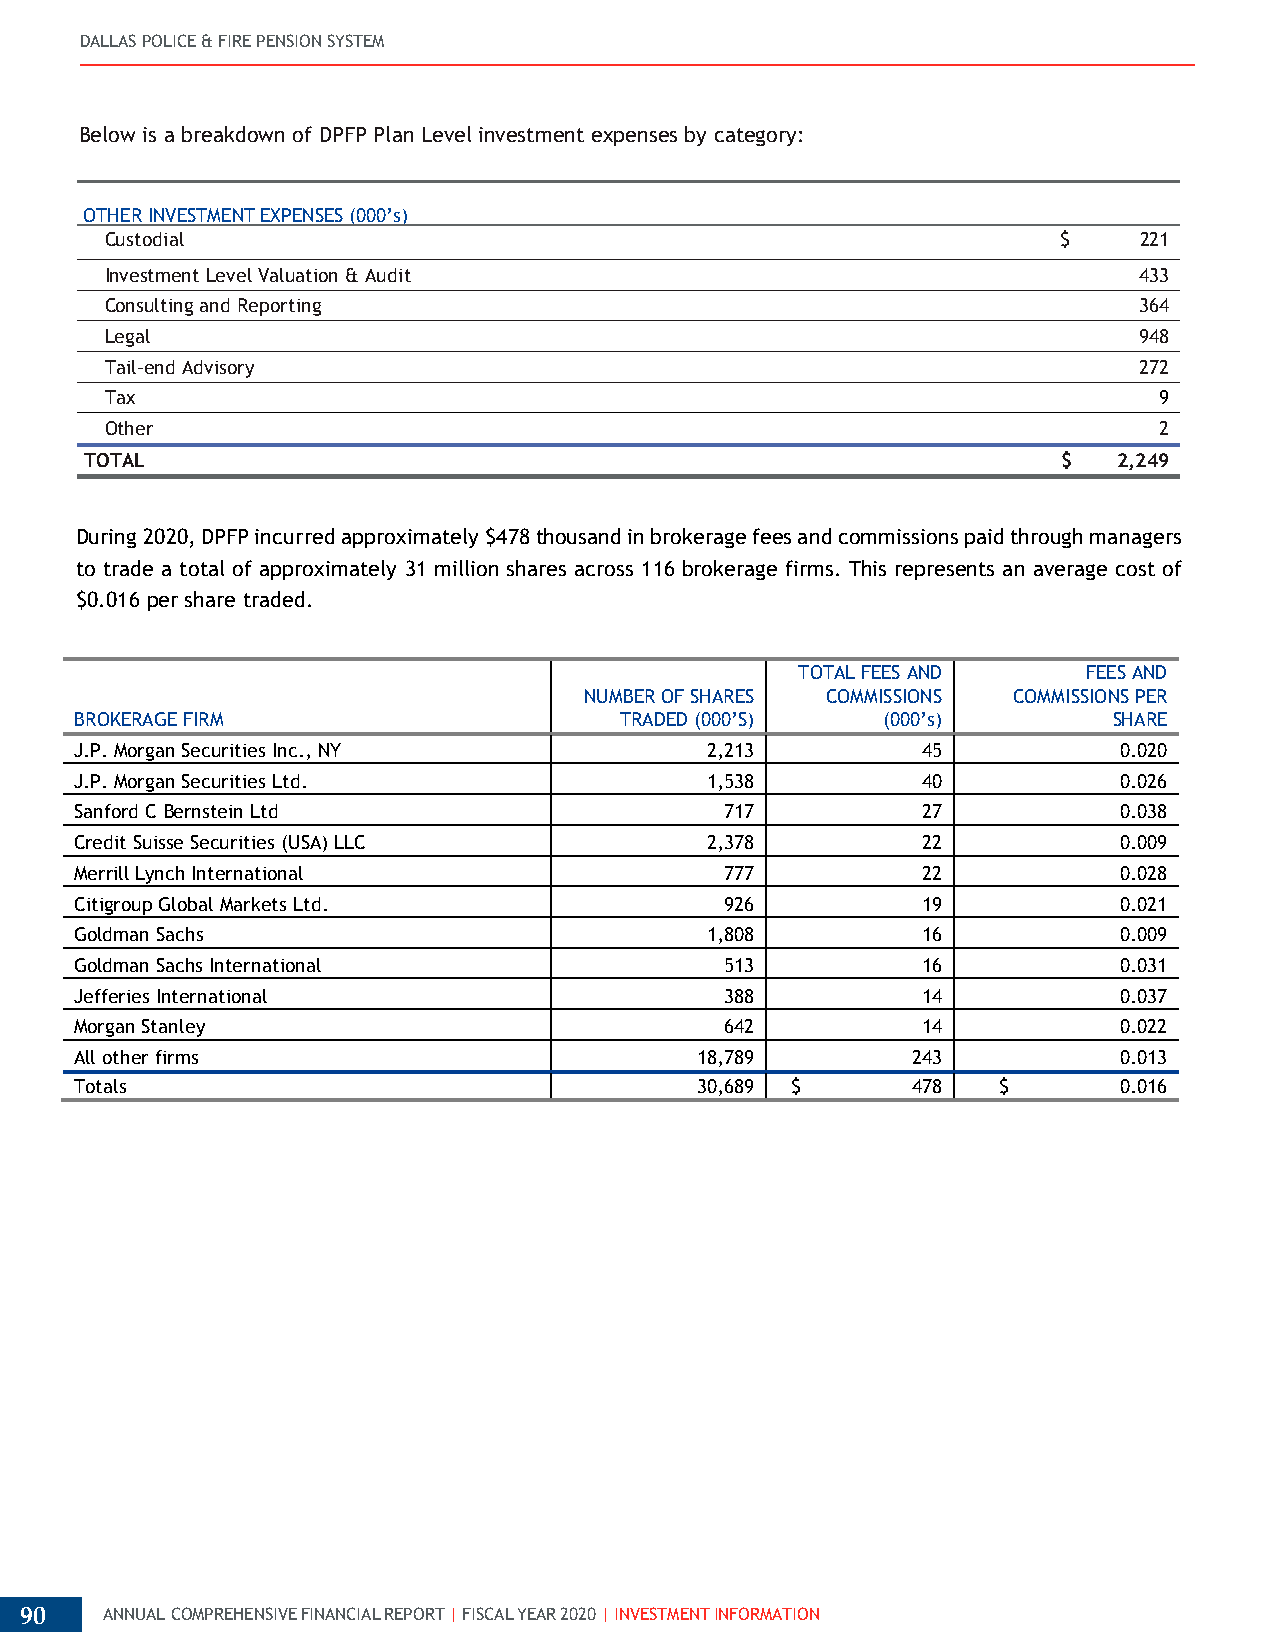
DALLAS POLICE & FIRE PENSION SYSTEM
 Below is a breakdown of DPFP Plan Level investment expenses by category:
 OTHER INVESTMENT EXPENSES (000’s)
 Custodial                                                      $    221
 Investment Level Valuation & Audit                                  433
 Consulting and Reporting                                            364
 Legal                                                               948
 Tail-end Advisory                                                   272
 Tax                                                                   9
 Other                                                                 2
 TOTAL                                                           $   2,249
 During 2020, DPFP incurred approximately $478 thousand in brokerage fees and commissions paid through managers
 to trade a total of approximately 31 million shares across 116 brokerage firms. This represents an average cost of
 $0.016 per share traded.
 TOTAL FEES AND     FEES AND
 NUMBER OF SHARES COMMISSIONS COMMISSIONS PER
 BROKERAGE FIRM                      TRADED (000’S)   (000’s)         SHARE
 J.P. Morgan Securities Inc., NY           2,213         45           0.020
 J.P. Morgan Securities Ltd.               1,538         40           0.026
 Sanford C Bernstein Ltd                    717          27           0.038
 Credit Suisse Securities (USA) LLC        2,378         22           0.009
 Merrill Lynch International                777          22           0.028
 Citigroup Global Markets Ltd.              926          19           0.021
 Goldman Sachs                             1,808         16           0.009
 Goldman Sachs International                513          16           0.031
 Jefferies International                    388          14           0.037
 Morgan Stanley                             642          14           0.022
 All other firms                          18,789        243           0.013
 Totals                                   30,689 $      478   $       0.016
 90    ANNUAL COMPREHENSIVE FINANCIAL REPORT | FISCAL YEAR 2020 | INVESTMENT INFORMATION